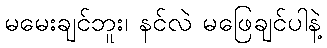
မမေးချင်ဘူး၊ နင်လဲ မဖြေချင်ပါနဲ့